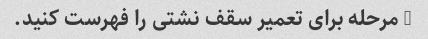
5 مرحله برای تعمیر سقف نشتی را فهرست کنید.